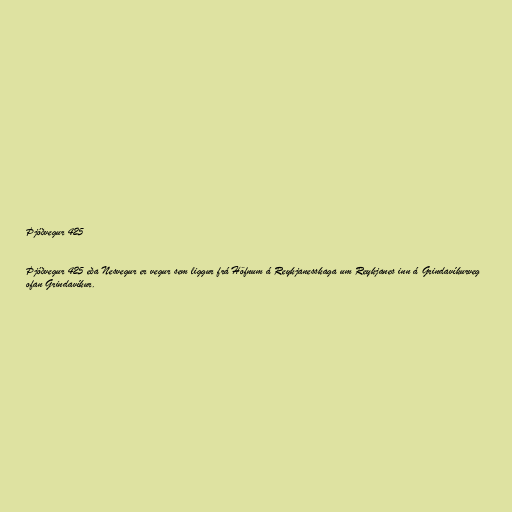
Þjóðvegur 425

Þjóðvegur 425 eða Nesvegur er vegur sem liggur frá Höfnum á Reykjanesskaga um Reykjanes inn á Grindavíkurveg
ofan Grindavíkur.